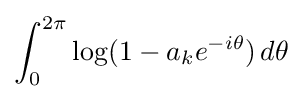
\int _{0}^{2\pi }\log(1-a_{k}e^{-i\theta })\,d\theta